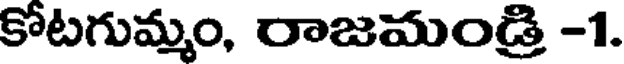
కోటగుమ్మం, రాజమండ్రి -1.